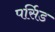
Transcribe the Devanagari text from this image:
पर्सिड